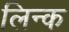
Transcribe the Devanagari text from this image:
लिन्क